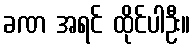
ခဏ အရင် ထိုင်ပါဦး။